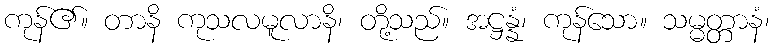
ကုန်၏။ တာနိ ကုသလမူလာနိ၊ တို့သည်။ အဋ္ဌန္နံ၊ ကုန်သော။ သမ္မတ္တာနံ၊